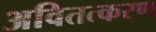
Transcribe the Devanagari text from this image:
अवितत्करण